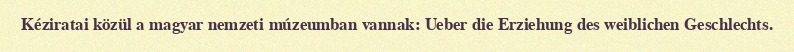
Kéziratai közül a magyar nemzeti múzeumban vannak: Ueber die Erziehung des weiblichen Geschlechts.